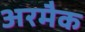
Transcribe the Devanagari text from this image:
अरमैक